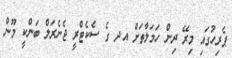
ޕެރިހުގައި މިރޭ ދިން ހަމަލާތަށް އ.ދ ގެ ސެކެޓްރީ ޖެނެރަލް ބަންކީ މޫން